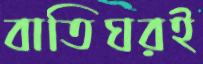
বাতিঘরই